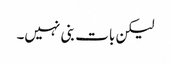
لیکن بات بنی نہیں۔